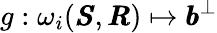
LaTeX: g:\omega_{i}(\pmb{S},\pmb{R})\mapsto\pmb{b}^{\bot}